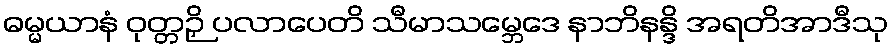
ဓမ္မယာနံ ဝုတ္တဉှိ ပလာပေတိ သီမာသမ္ဘေဒေ နာဘိနန္ဒိ အရတိအာဒီသု